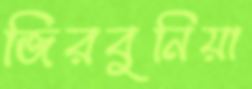
জিরবুনিয়া